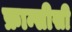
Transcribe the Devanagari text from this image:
फ्रान्सीसी